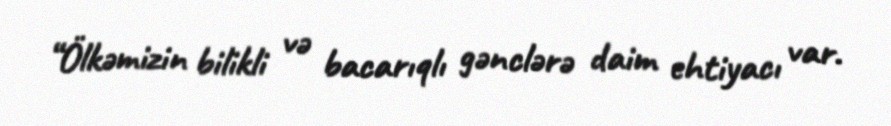
“Ölkəmizin bilikli və bacarıqlı gənclərə daim ehtiyacı var.